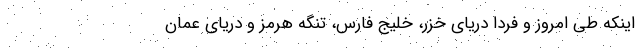
اینکه طی امروز و فردا دریای خزر، خلیج فارس، تنگه هرمز و دریای عمان